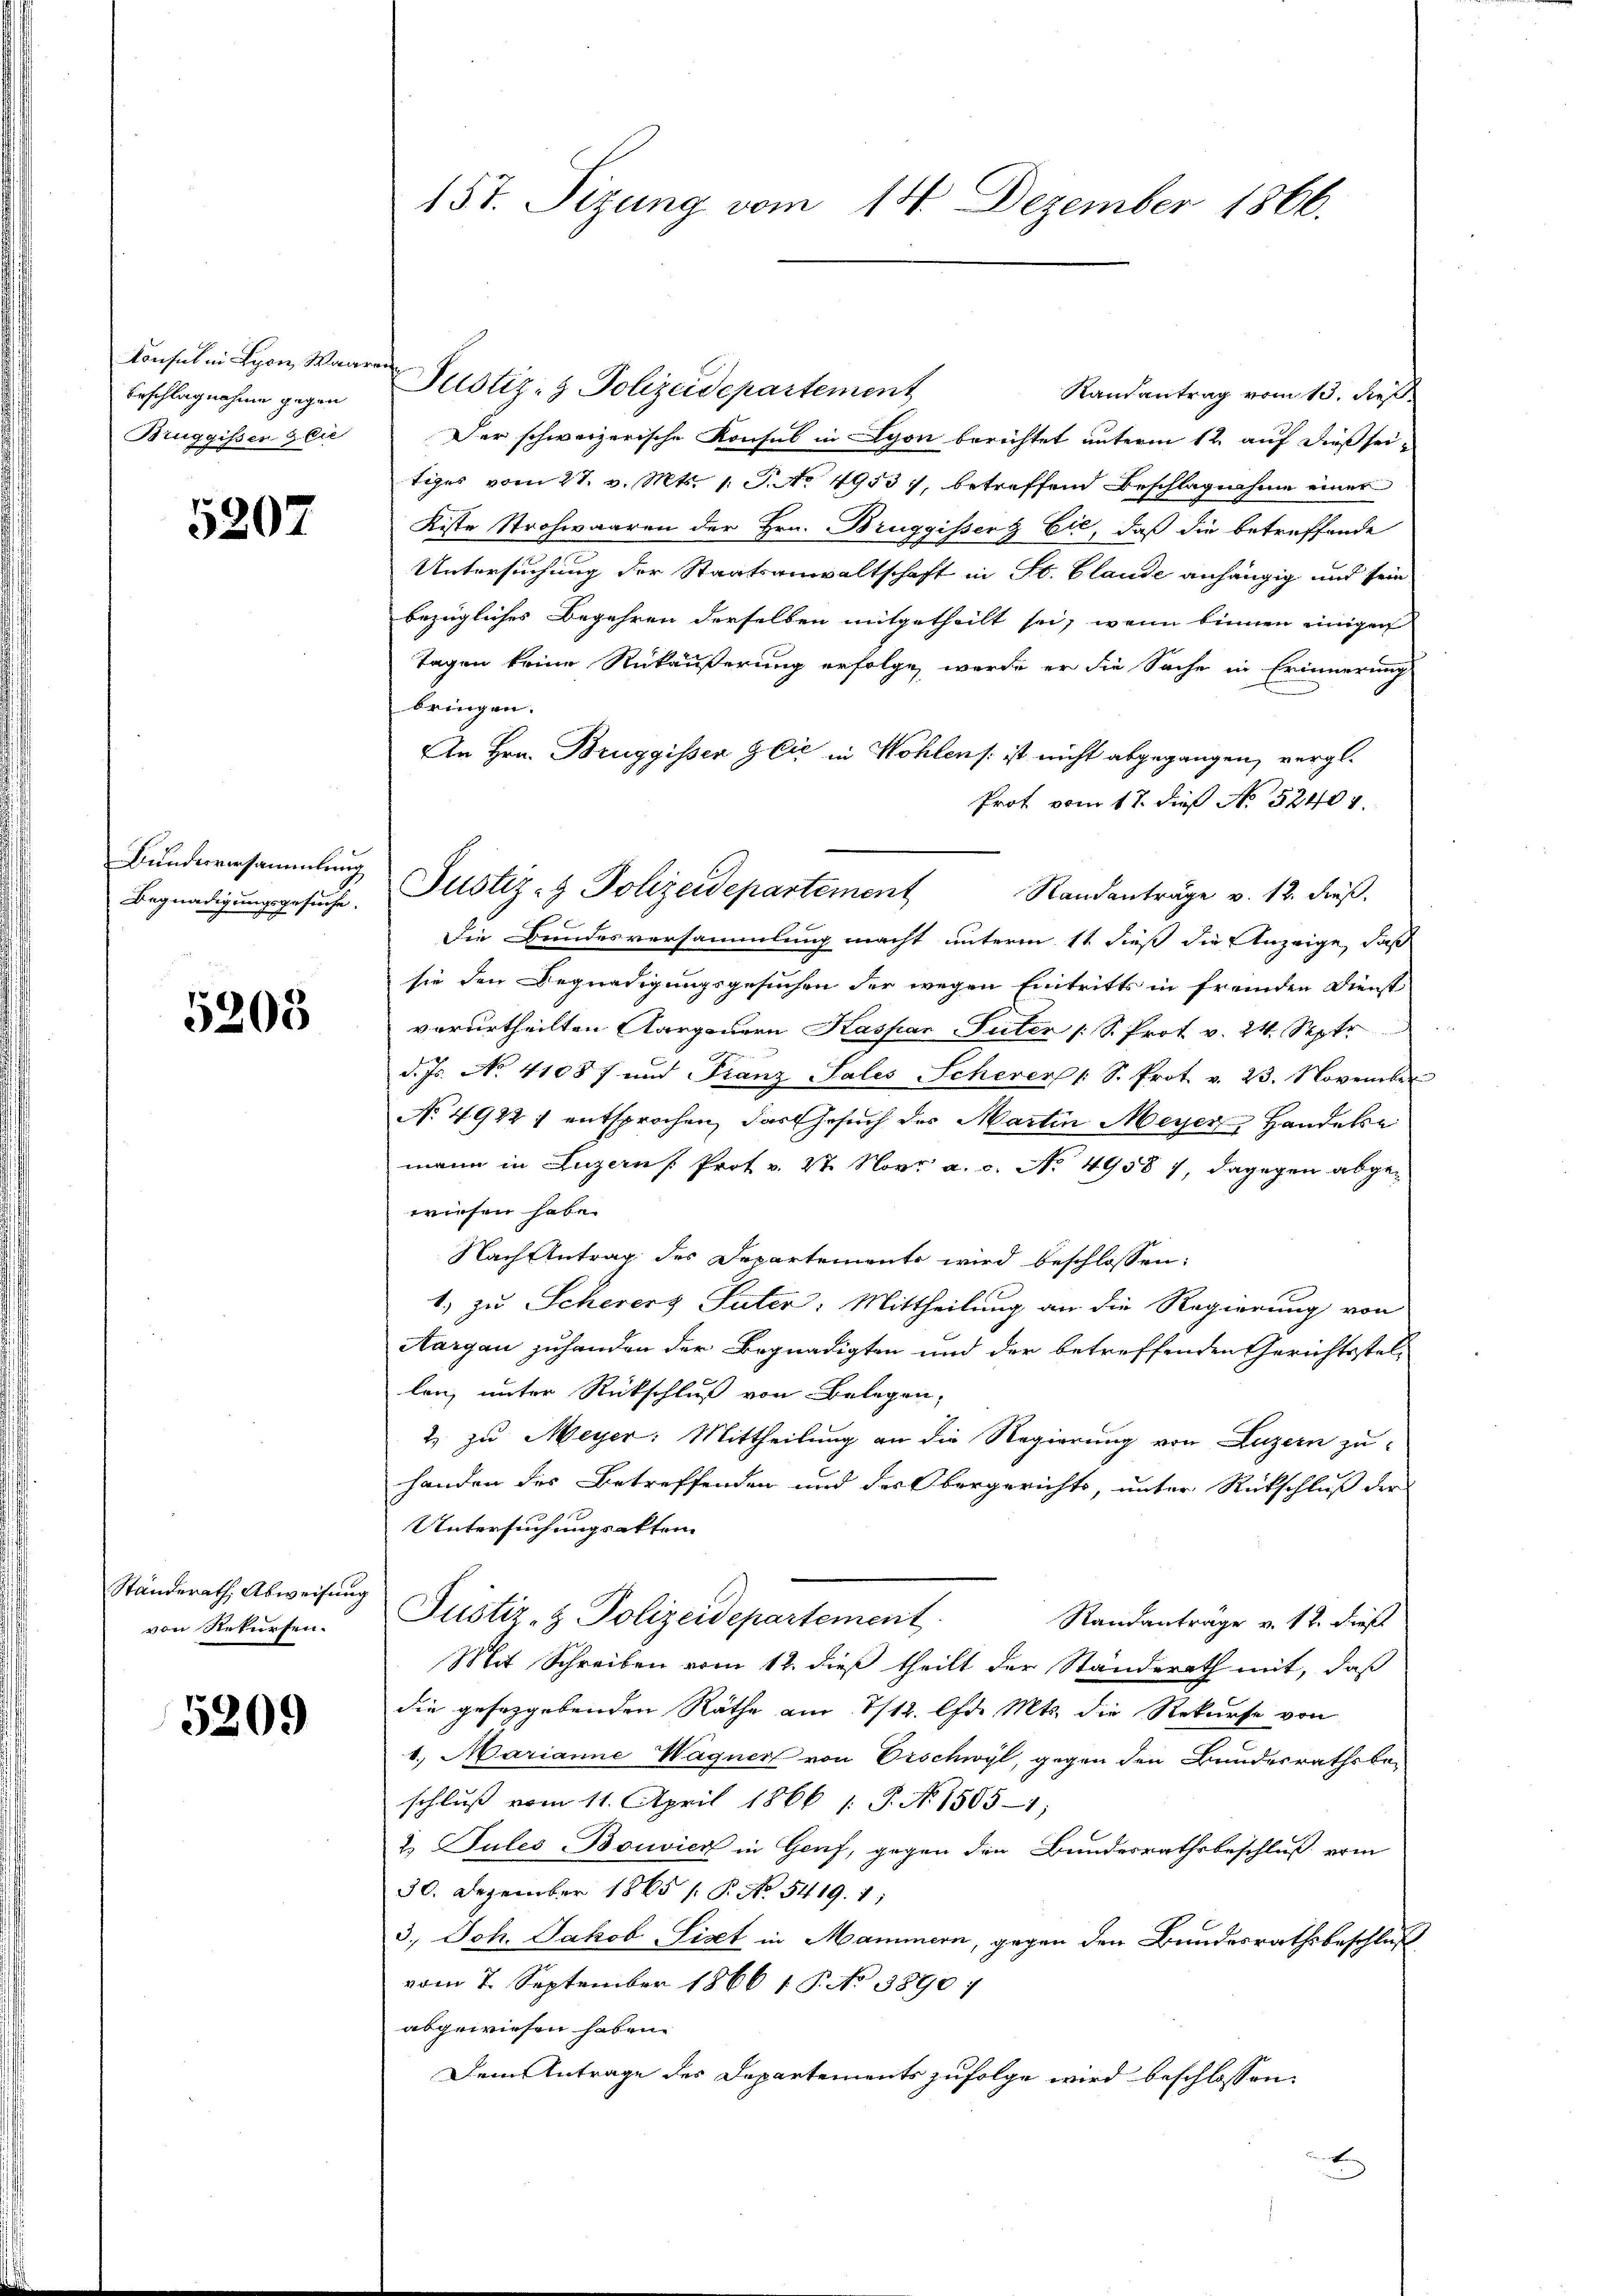
Konsul in Lyon, Waaren
Beschlagnahme gegen
Bruggissen & Cie

5207

Bundesversammlung
Begnadigungsgesuche.

5208

Ständerath Abweisung
von Rekursen.

5209

157. Sizung vom 14. Dezember 1866.

Justiz- & Polizeidepartement
Randantrag vom 13. dieß.
Der schweizerische Konsul in Lyon berichtet unterm 12. auf dieß sei-
tiges vom 27. v. Mts. 1. No 4953, betreffend Beschlagnahme einer
Kiste Strohwaaren der Hrn. Bruggisserg Eić, daß die betreffende
Untersuchung der Staatsanwaltschaft in St. Claude anhängig und sein
bezügliches Begehren derselben mitgetheilt sei, wenn binnen einigen
Tagen keine Rükäußerung erfolge, werde er die Sache in Erinnerung
bringen.
An Hrn. Bruggissen Glić in Wohlens ist nicht abgegangen, vergl.
Prof vom 17. dieß No 52407.
Randanträge v. 12. Freß.
Die Bundesversammlung macht unterm 11 dieß die Anzeige, daß
sie den Begnadigungsgesuchen der wegen Eintritts in fremden Dienst
verurtheilten Aargauern Kaspar Suter /: S. Prot v. 24. Septr
d. Js. No. 41087 und Franz Sales Scheren 1 S. Prot. v. 23. November
No 4922 : entsprochen, das Gesuch des Martin Meyer, Handele
mann in Luzern Prot v. 27. Nov. a. c. No. 4958), dagegen abgewiesen habe.
Nach Antrag des Departemente wird beschlossen:
1. zu Scherers Suter: Mittheilung an die Regierung von
Aargau zuhanden der Begnadigten und der betreffenden Gerichtsstel-
len, unter Rückschluß von Belegen,
2. zu Meyer. Mittheilung an die Regierung von Luzern zu
handen des Betreffenden und der Obergerichts, unter Rückschluß der
Untersuchungsakten
Justiz- & Polizeidepartement.
Randantrage v. 12. dieß
Mit Schreiben vom 12. dieß theilt der Standerath mit, daß
die gefergebenden Räthe am 1/12. d. Mts. die Rekurse von
1. Marianne Wagner von Orschwyl, gegen den Bundesrathsbeschluß vom 11. April 1866 / P. No. 1585-1;
2. Jules Bouvier in Genf, gegen den Bundesrathsbeschluß vom
30. Dezember 1865 /: P. No. 5419. 1
3.) Joh. Jakob Sizet in Mammern, gegen den Bundesrathsbeschluß
vom 7. September 1866 1 S. No 3890/
abgewiesen haben.
Dem Antrage des Departements zufolge wird beschlossen:
x

Justiz- & Polizeidepartement